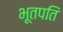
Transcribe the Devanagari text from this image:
भूतपति